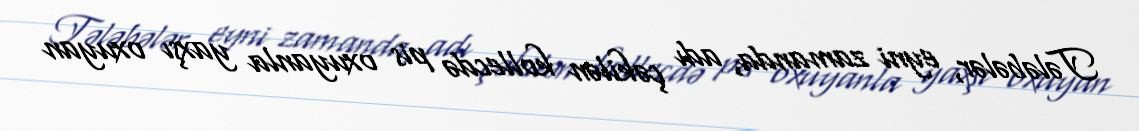
Tələbələr, eyni zamanda, adı çəkilən kollecdə pis oxuyanla yaxşı oxuyan